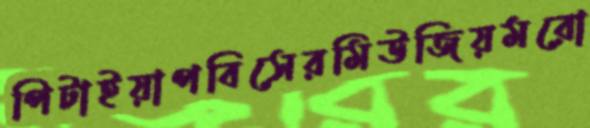
পিটাইয়াপবিসেরমিউজিয়মরো